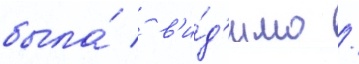
была́ / в'и́д'имо /